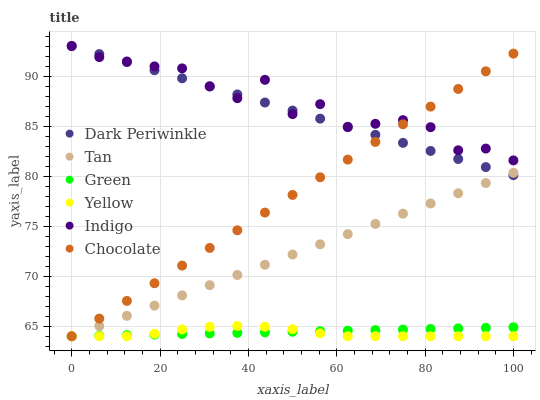
| xaxis_label | Dark Periwinkle | Tan | Green | Yellow | Indigo | Chocolate |
 | --- | --- | --- | --- | --- | --- | --- |
 | 0 | 93 | 64 | 64 | 64 | 93 | 64 |
 | 6.25 | 92.2 | 65 | 64.1 | 64 | 91.9 | 65.8 |
 | 12.5 | 91.4 | 66 | 64.1 | 64 | 91.5 | 67.5 |
 | 18.8 | 90.6 | 67.1 | 64.2 | 64.3 | 91 | 69.3 |
 | 25 | 89.8 | 68.1 | 64.2 | 64.7 | 90.8 | 71.1 |
 | 31.2 | 89 | 69.1 | 64.3 | 64.9 | 89 | 72.8 |
 | 37.5 | 88.2 | 70.1 | 64.3 | 65 | 87.8 | 74.6 |
 | 43.8 | 87.4 | 71.1 | 64.4 | 65 | 89.6 | 76.4 |
 | 50 | 86.5 | 72.2 | 64.4 | 64.7 | 86.2 | 78.1 |
 | 56.2 | 85.7 | 73.2 | 64.5 | 64.3 | 87.2 | 79.9 |
 | 62.5 | 84.9 | 74.2 | 64.6 | 64 | 84.9 | 81.6 |
 | 68.8 | 84.1 | 75.2 | 64.6 | 64 | 85.2 | 83.4 |
 | 75 | 83.3 | 76.2 | 64.7 | 64 | 85.6 | 85.2 |
 | 81.2 | 82.5 | 77.3 | 64.7 | 64 | 84.9 | 86.9 |
 | 87.5 | 81.7 | 78.3 | 64.8 | 64 | 82.6 | 88.7 |
 | 93.8 | 80.9 | 79.3 | 64.8 | 64 | 82.8 | 90.5 |
 | 100 | 80.1 | 80.3 | 64.9 | 64 | 81.6 | 92.2 |